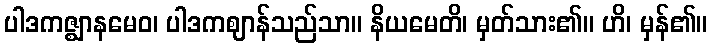
ပါဒကဇ္ဈာနမေဝ၊ ပါဒကဈာန်သည်သာ။ နိယမေတိ၊ မှတ်သား၏။ ဟိ၊ မှန်၏။